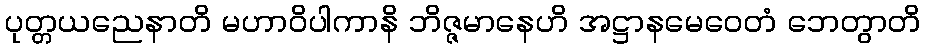
ပုတ္တယညေနာတိ မဟာဝိပါကာနိ ဘိဇ္ဇမာနေဟိ အဋ္ဌာနမေဝေတံ ဘေတွာတိ